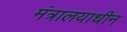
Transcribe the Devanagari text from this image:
मंत्रालयाधीन